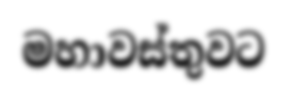
මහාවස්තුවට